Investigations into the jail dietaries of the United Provinces with some observations on the influence of dietary on the physical development and well-being of the people of the United Provinces - Number 48
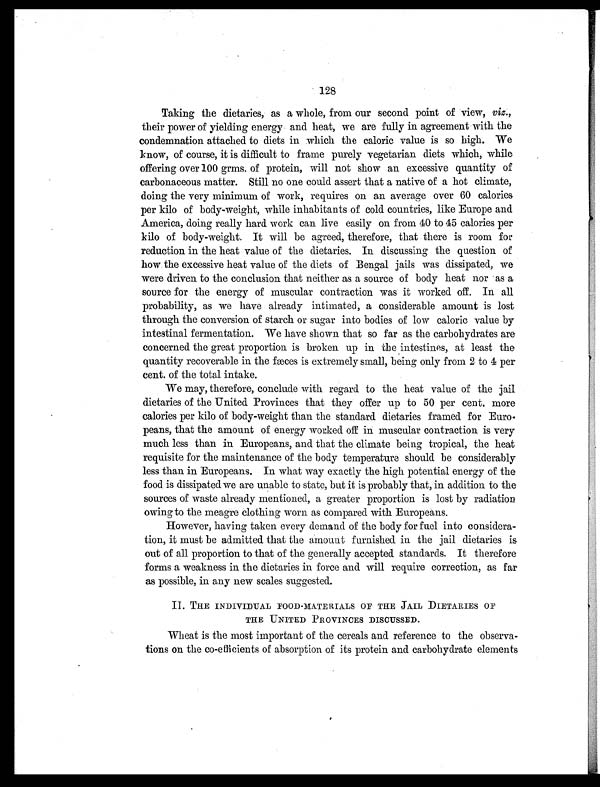
128
Taking the dietaries, as a whole, from our second point of view, viz.,
their power of yielding energy and heat, we are fully in agreement with the
condemnation attached to diets in which the caloric value is so high. We
know, of course, it is difficult to frame purely vegetarian diets which, while
offering over 100 grms. of protein, will not show an excessive quantity of
carbonaceous matter. Still no one could assert that a native of a hot climate,
doing the very minimum of work, requires on an average over 60 calories
per kilo of body-weight, while inhabitants of cold countries, like Europe and
America, doing really hard work can live easily on from 40 to 45 calories per
kilo of body-weight. It will be agreed, therefore, that there is room for
reduction in the heat value of the dietaries. In discussing the question of
how the excessive heat value of the diets of Bengal jails was dissipated, we
were driven to the conclusion that neither as a source of body heat nor as a
source for the energy of muscular contraction was it worked off. In all
probability, as we have already intimated, a considerable amount is lost
through the conversion of starch or sugar into bodies of low caloric value by
intestinal fermentation. We have shown that so far as the carbohydrates are
concerned the great proportion is broken up in the intestines, at least the
quantity recoverable in the fæces is extremely small, being only from 2 to 4 per
cent. of the total intake.
We may, therefore, conclude with regard to the heat value of the jail
dietaries of the United Provinces that they offer up to 50 per cent. more
calories per kilo of body-weight than the standard dietaries framed for Euro-
peans, that the amount of energy worked off in muscular contraction is very
much less than in Europeans, and that the climate being tropical, the heat
requisite for the maintenance of the body temperature should be considerably
less than in Europeans. In what way exactly the high potential energy of the
food is dissipated we are unable to state, but it is probably that, in addition to the
sources of waste already mentioned, a greater proportion is lost by radiation
owing to the meagre clothing worn as compared with Europeans.
However, having taken every demand of the body for fuel into considera-
tion, it must be admitted that the amount furnished in the jail dietaries is
out of all proportion to that of the generally accepted standards. It therefore
forms a weakness in the dietaries in force and will require correction, as far
as possible, in any new scales suggested.
II. THE INDIVIDUAL FOOD-MATERIALS OF THE JAIL DIETARIES OF
THE UNITED PROVINCES DISCUSSED.
Wheat is the most important of the cereals and reference to the observa-
tions on the co-efficients of absorption of its protein and carbohydrate elements